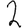
Digit: 2